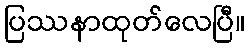
ပြဿနာထုတ်လေပြီ။